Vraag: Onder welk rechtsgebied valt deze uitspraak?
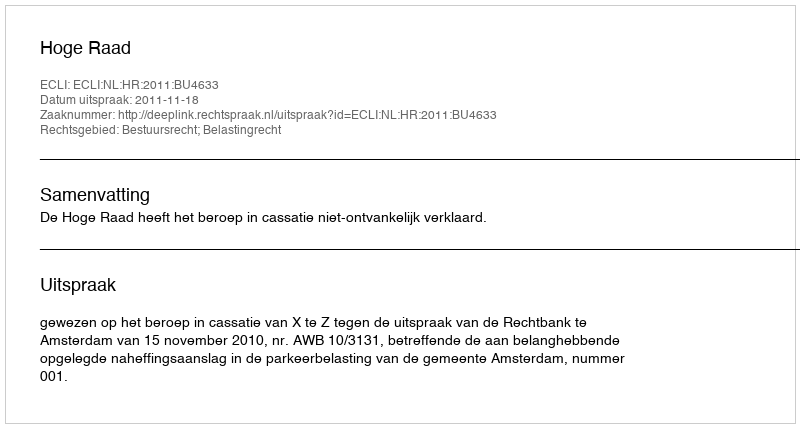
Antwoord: Bestuursrecht; Belastingrecht